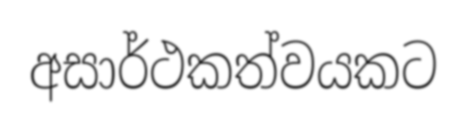
අසාර්ථකත්වයකට